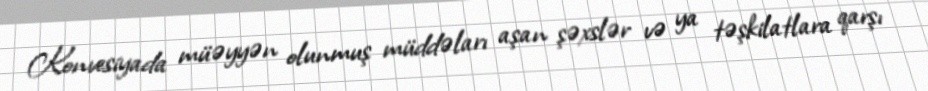
Konvesiyada müəyyən olunmuş müddəları aşan şəxslər və ya təşkilatlara qarşı